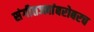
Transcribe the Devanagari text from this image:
संगीतज्ज्ञांबरोबरच